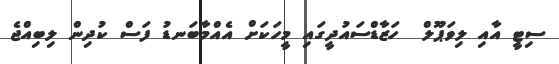
ސިޓީ އާއި ލިވަޕޫލް  ހަޒާޑްސައުދީގައި މީހަކަށް އެއްމާބަނޑު ފަސް ކުދިން ލިބިއްޖެ